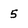
Character: 5